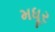
મધૂર